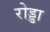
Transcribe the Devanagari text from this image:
रोड्डा